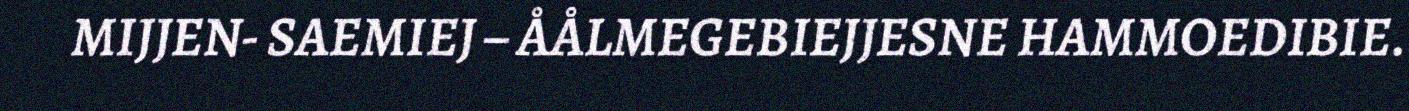
MIJJEN- SAEMIEJ – ÅÅLMEGEBIEJJESNE HAMMOEDIBIE.